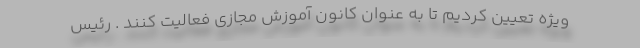
ویژه تعیین کردیم تا به عنوان کانون آموزش مجازی فعالیت کنند . رئیس